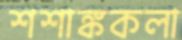
শশাঙ্ককলা